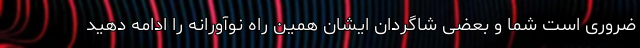
ضروری است شما و بعضی شاگردان ایشان همین راه نوآورانه را ادامه دهید